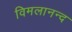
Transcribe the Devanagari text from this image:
विमलानन्द